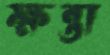
ক্ষন্তা